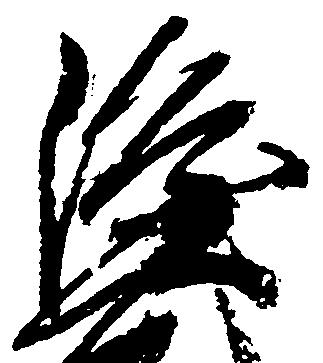
隆